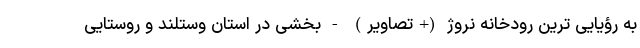
به رؤیایی ترین رودخانه نروژ (+تصاویر) - بخشی در استان وستلند و روستایی